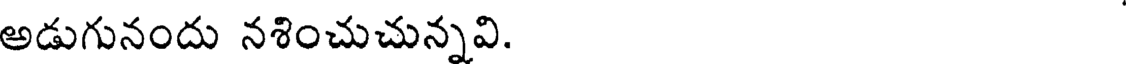
అడుగునందు నశించుచున్నవి.